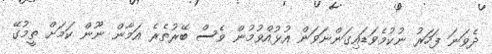
ދެވަނަ ފަހަރު ނުކުމެވަޑައިގަންނަވަން އުޅުއްވުމުން ވެސް ބޭރުތެރެ އަމާން ނޫން ކަމަށް ތީމުގޭ